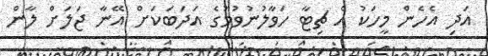
އަދި އެހެން މީހަކު އެ ޗިޓާ ހަވާލުނުވުމުގެ އަދަބަކަށް އޭނާ ޖަލަށް ލާން